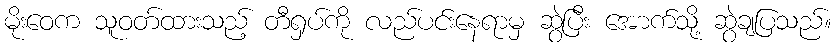
မိုးဝေက သူဝတ်ထားသည့် တီရှပ်ကို လည်ပင်းနေရာမှ ဆွဲပြီး အောက်သို့ ဆွဲချပြသည်။